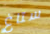
ستاغ